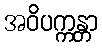
အဝိပက္ကန္တာ